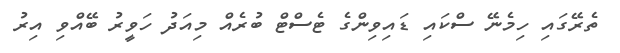
ތެރޭގައި ހިމެނޭ ސްކައި ޑައިވިންގެ ޓެސްޓް ބުރެއް މިއަދު ހަވީރު ބޭއްވި އިރު